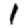
Digit: 1